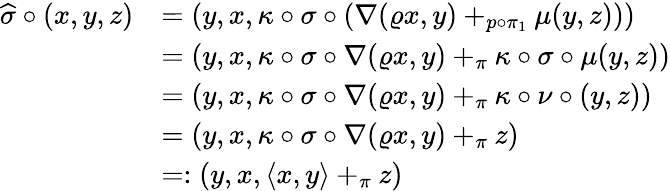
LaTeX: \begin{array}{rl}{\widehat{\sigma}\circ(x,y,z)}&{=(y,x,\kappa\circ\sigma\circ(\nabla(\varrho x,y)+_{p\circ\pi_{1}}\mu(y,z)))}\\ &{=(y,x,\kappa\circ\sigma\circ\nabla(\varrho x,y)+_{\pi}\kappa\circ\sigma\circ\mu(y,z))}\\ &{=(y,x,\kappa\circ\sigma\circ\nabla(\varrho x,y)+_{\pi}\kappa\circ\nu\circ(y,z))}\\ &{=(y,x,\kappa\circ\sigma\circ\nabla(\varrho x,y)+_{\pi}z)}\\ &{=:(y,x,\langle x,y\rangle+_{\pi}z)}\end{array}